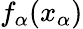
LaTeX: f_{\alpha}(x_{\alpha})